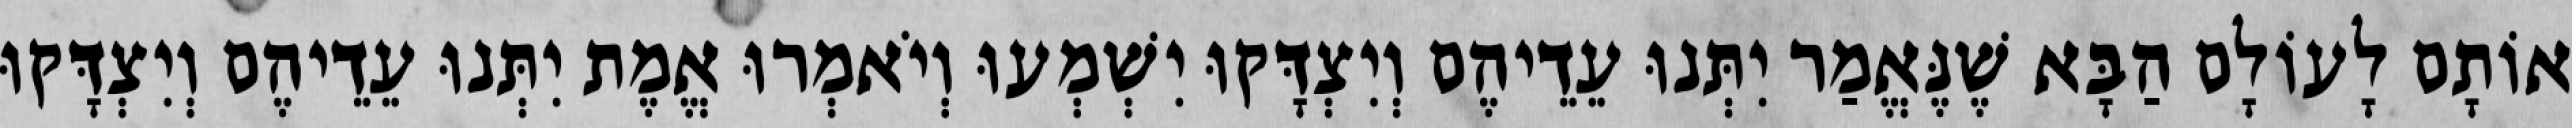
אוֹתָם לָעוֹלָם הַבָּא שֶׁנֶּאֱמַר יִתְּנוּ עֵדֵיהֶם וְיִצְדָּקוּ יִשְׁמְעוּ וְיֹאמְרוּ אֱמֶת יִתְּנוּ עֵדֵיהֶם וְיִצְדָּקוּ